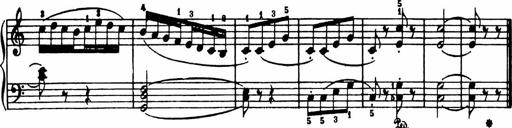
Title: Analytical Sonatinas
Composer: Frank Lynes